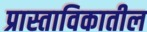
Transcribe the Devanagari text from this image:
प्रास्ताविकातील